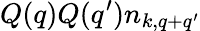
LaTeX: Q(q)Q(q^{\prime})n_{k,q+q^{\prime}}